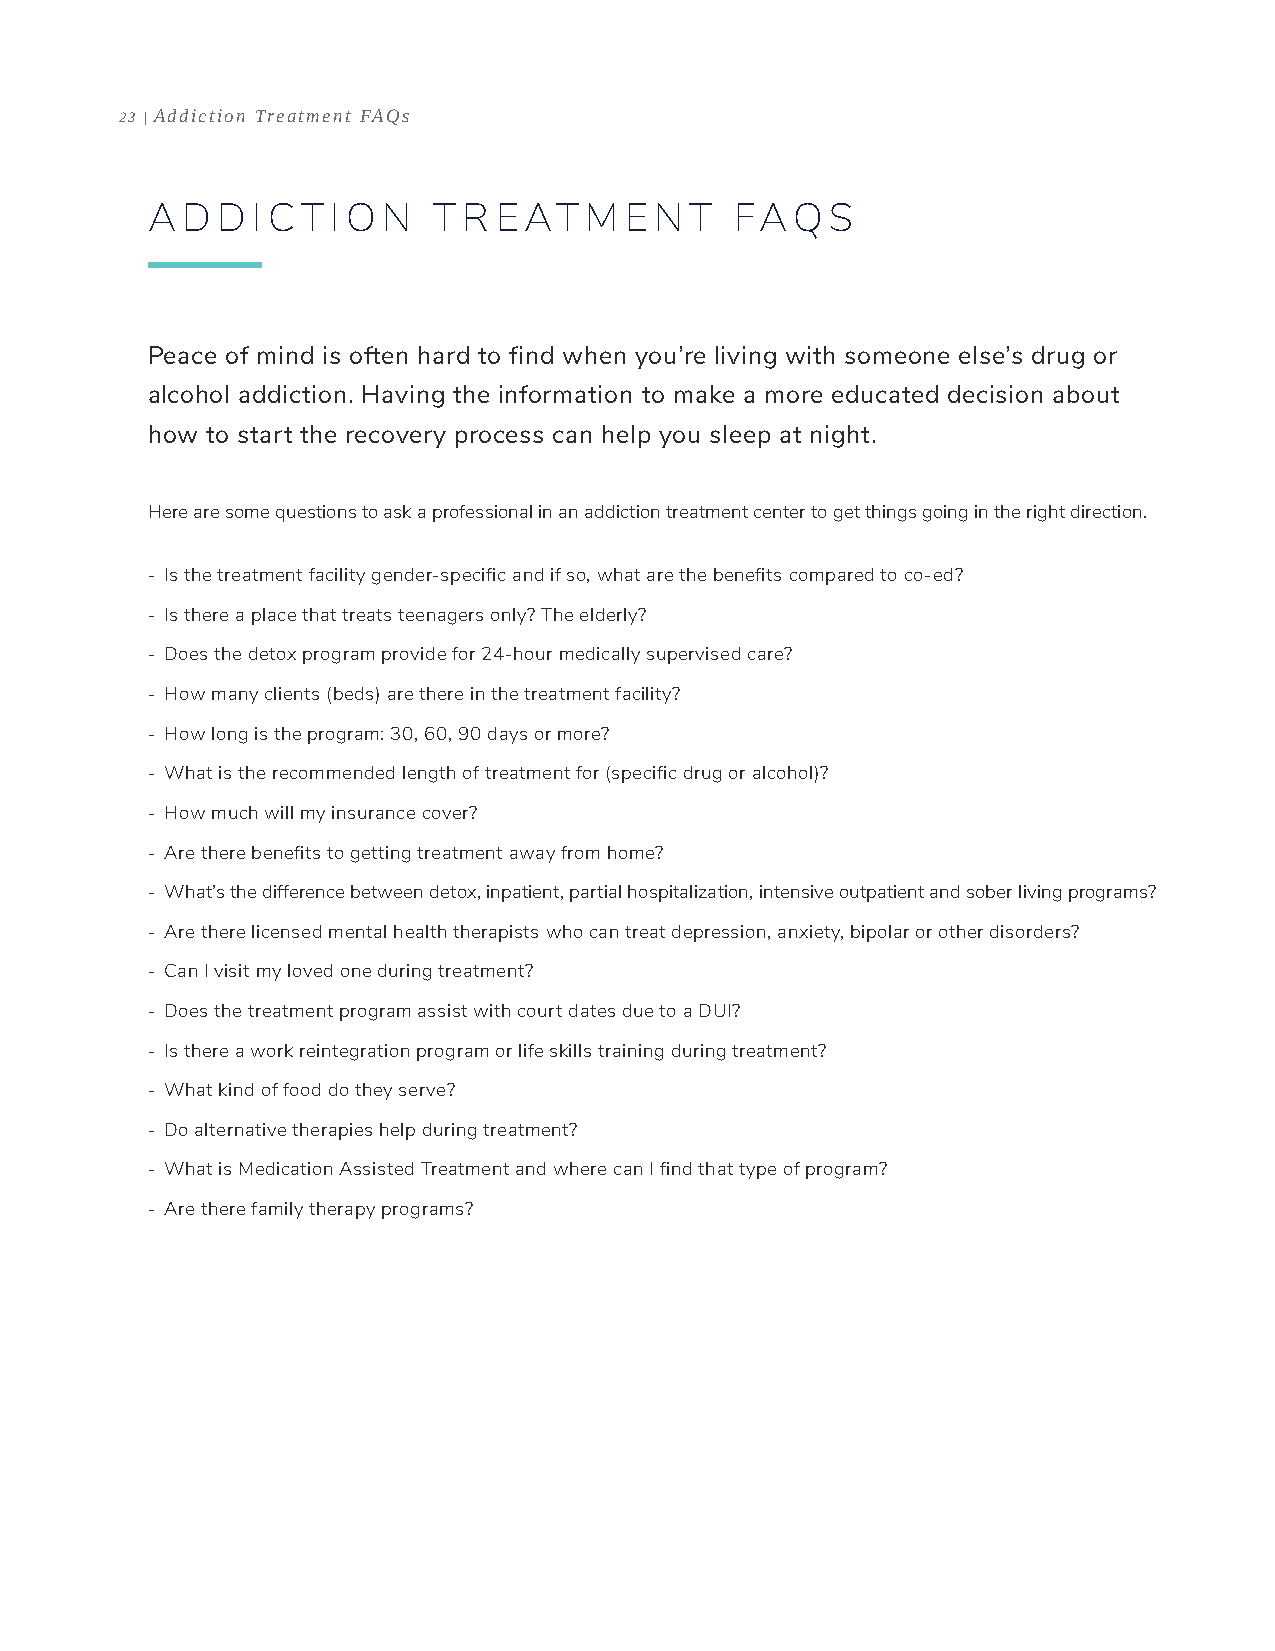
23 | Addiction Treatment FAQs
 A D D  I CT I O N  T R EAT   M E N  T  FAQ   S
 Peace of mind is often hard to find when you’re living with someone else’s drug or
 alcohol addiction. Having the information to make a more educated decision about
 how to start the recovery process can help you sleep at night.
 Here are some questions to ask a professional in an addiction treatment center to get things going in the right direction.
 - Is the treatment facility gender-specific and if so, what are the benefits compared to co-ed?
 - Is there a place that treats teenagers only? The elderly?
 - Does the detox program provide for 24-hour medically supervised care?
 - How many clients (beds) are there in the treatment facility?
 - How long is the program: 30, 60, 90 days or more?
 - What is the recommended length of treatment for (specific drug or alcohol)?
 - How much will my insurance cover?
 - Are there benefits to getting treatment away from home?
 - What’s the difference between detox, inpatient, partial hospitalization, intensive outpatient and sober living programs?
 - Are there licensed mental health therapists who can treat depression, anxiety, bipolar or other disorders?
 - Can I visit my loved one during treatment?
 - Does the treatment program assist with court dates due to a DUI?
 - Is there a work reintegration program or life skills training during treatment?
 - What kind of food do they serve?
 - Do alternative therapies help during treatment?
 - What is Medication Assisted Treatment and where can I find that type of program?
 - Are there family therapy programs?